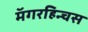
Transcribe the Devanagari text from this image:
मॅगरहिन्चस